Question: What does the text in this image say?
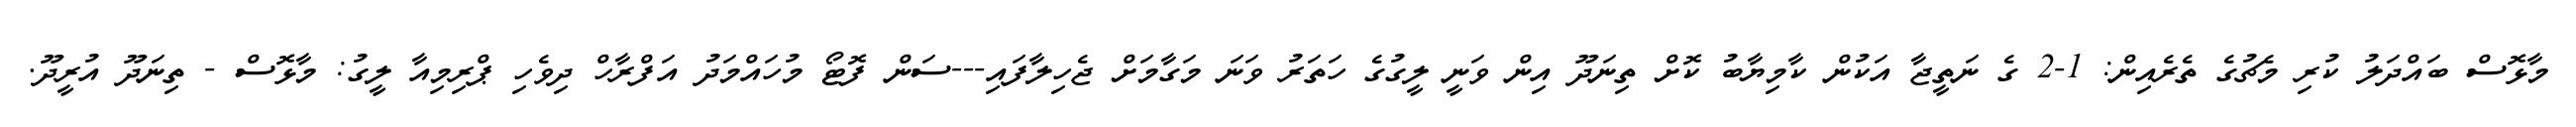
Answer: މާޅޮސް ބައްދަލު ކުރި މެޗުގެ ތެރެއިން: 1-2 ގެ ނަތީޖާ އަކުން ކާމިޔާބު ކޮށް ތިނަދޫ އިން ވަނީ ލީގުގެ ހަތަރު ވަނަ މަގާމަށް ޖެހިލާފައި---ސަން ފޮޓޯ މުހައްމަދު އަފްރާހް ދިވެހި ޕްރިމިއާ ލީގު: މާޅޮސް - ތިނަދޫ އުރީދޫ.